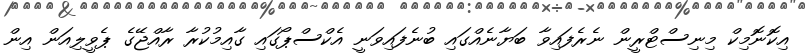
އިކޮނޮމިކް މިނިސްޓްރީން ނެރެފައިވާ ބަޔާނެއްގައި ބުނެފައިވަނީ އެކްސްޕޯގައި ގާއިމުކުރާ ރާއްޖޭގެ ޕެވީލިއަން އިން